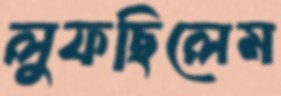
লুফছিলেম